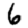
Digit: 6